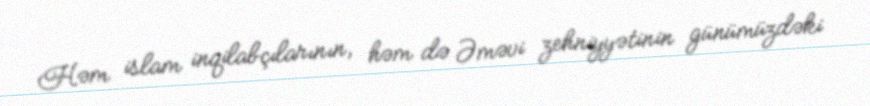
Həm islam inqilabçılarının, həm də Əməvi zehniyyətinin günümüzdəki